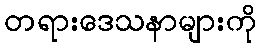
တရားဒေသနာများကို